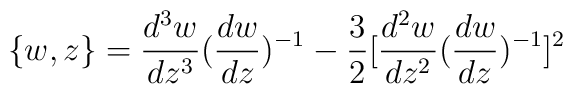
\{w,z\}= \frac{d^{3}w}{dz^{3}} (\frac{dw}{dz})^{-1} - \frac{3}{2}[\frac{d^{2}w}{dz^{2}}(\frac{dw}{dz})^{-1}]^{2}